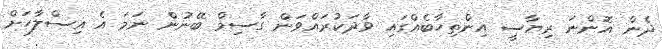
ދެން އޮންނަ ރިޔާސީ އިންތިހާބެއްގައި ވާދަކުރައްވަން ގާސިމް ބޭނުން ނަމަ އެ އިސްލާހަށް